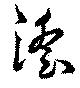
淫